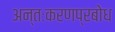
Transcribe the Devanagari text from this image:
अन्तःकरणप्रबोध